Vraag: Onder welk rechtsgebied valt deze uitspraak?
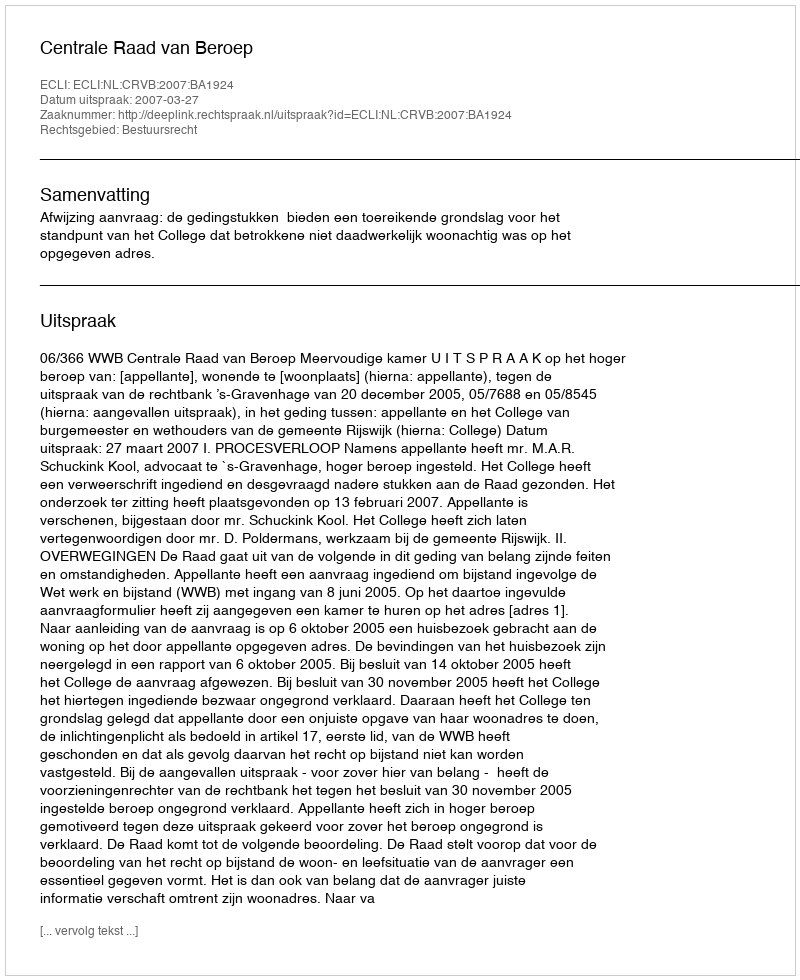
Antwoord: Bestuursrecht